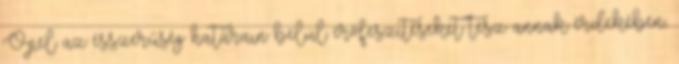
Opel az ésszerűség határain belül erőfeszítéseket tesz annak érdekében,